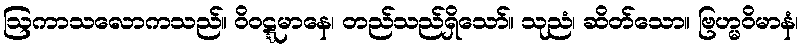
ဩကာသလောကသည်။ ဝိဝဋ္ဋမာနေ၊ တည်သည်ရှိသော်။ သုညံ၊ ဆိတ်သော။ ဗြဟ္မဝိမာနံ၊